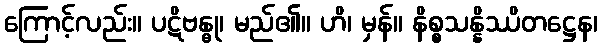
ကြောင့်လည်း။ ပဋိဗန္ဓု၊ မည်၏။ ဟိ၊ မှန်။ နိစ္စသန္နိဿိတဋ္ဌေန၊